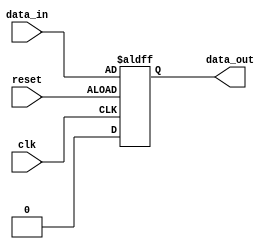
module edge_triggered_latch (
  input wire clk,
  input wire reset,
  input wire data_in,
  output reg data_out
);

// Create sequential logic block to store and latch data on rising or falling edge of clock signal
always @(posedge clk or negedge reset) begin
  if (reset) begin
    data_out <= 0;
  end else begin
    data_out <= data_in;
  end
end

endmodule